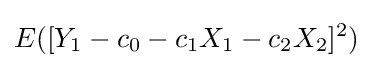
E([Y_{1}-c_{0}-c_{1}X_{1}-c_{2}X_{2}]^{2})